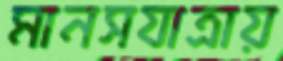
মানসযাত্রায়